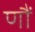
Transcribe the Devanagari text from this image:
णौं